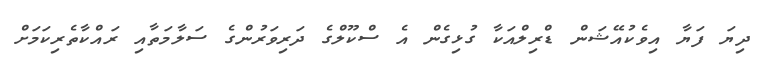
ދިޔަ ފަޔާ އިވެކުއޭޝަން ޑްރިލްއަކާ ގުޅިގެން އެ ސްކޫލްގެ ދަރިވަރުންގެ ސަލާމަތާއި ރައްކާތެރިކަމަށް